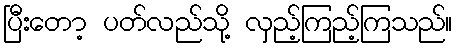
ပြီးတော့ ပတ်လည်သို့ လှည့်ကြည့်ကြသည်။